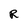
Character: R